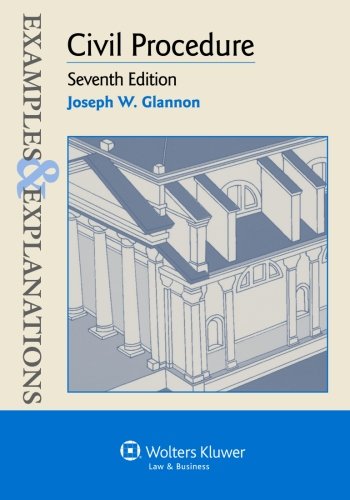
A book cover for Civil Procedure, 7th Edition (Examples & Explanations); Joseph W. Glannon; Law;